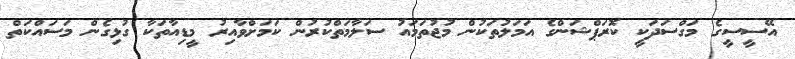
އޭސީސީގެ މަގްސަދަކީ ކޮރަޕްޝަންގެ އަމަލުތަކުން މުޖުތަމައު ސަލާމަތްކުރުން ކަމަށްވާއިރު މީޑިއާތަކާ ގުޅިގެން މަސައްކަތް